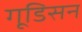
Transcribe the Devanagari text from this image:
गूडिसन